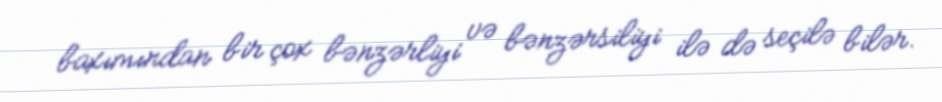
baxımından bir çox bənzərliyi və bənzərsiliyi ilə də seçilə bilər.